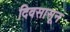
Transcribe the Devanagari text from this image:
दिवसासून